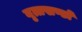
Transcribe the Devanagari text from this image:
वृत्तखण्डों